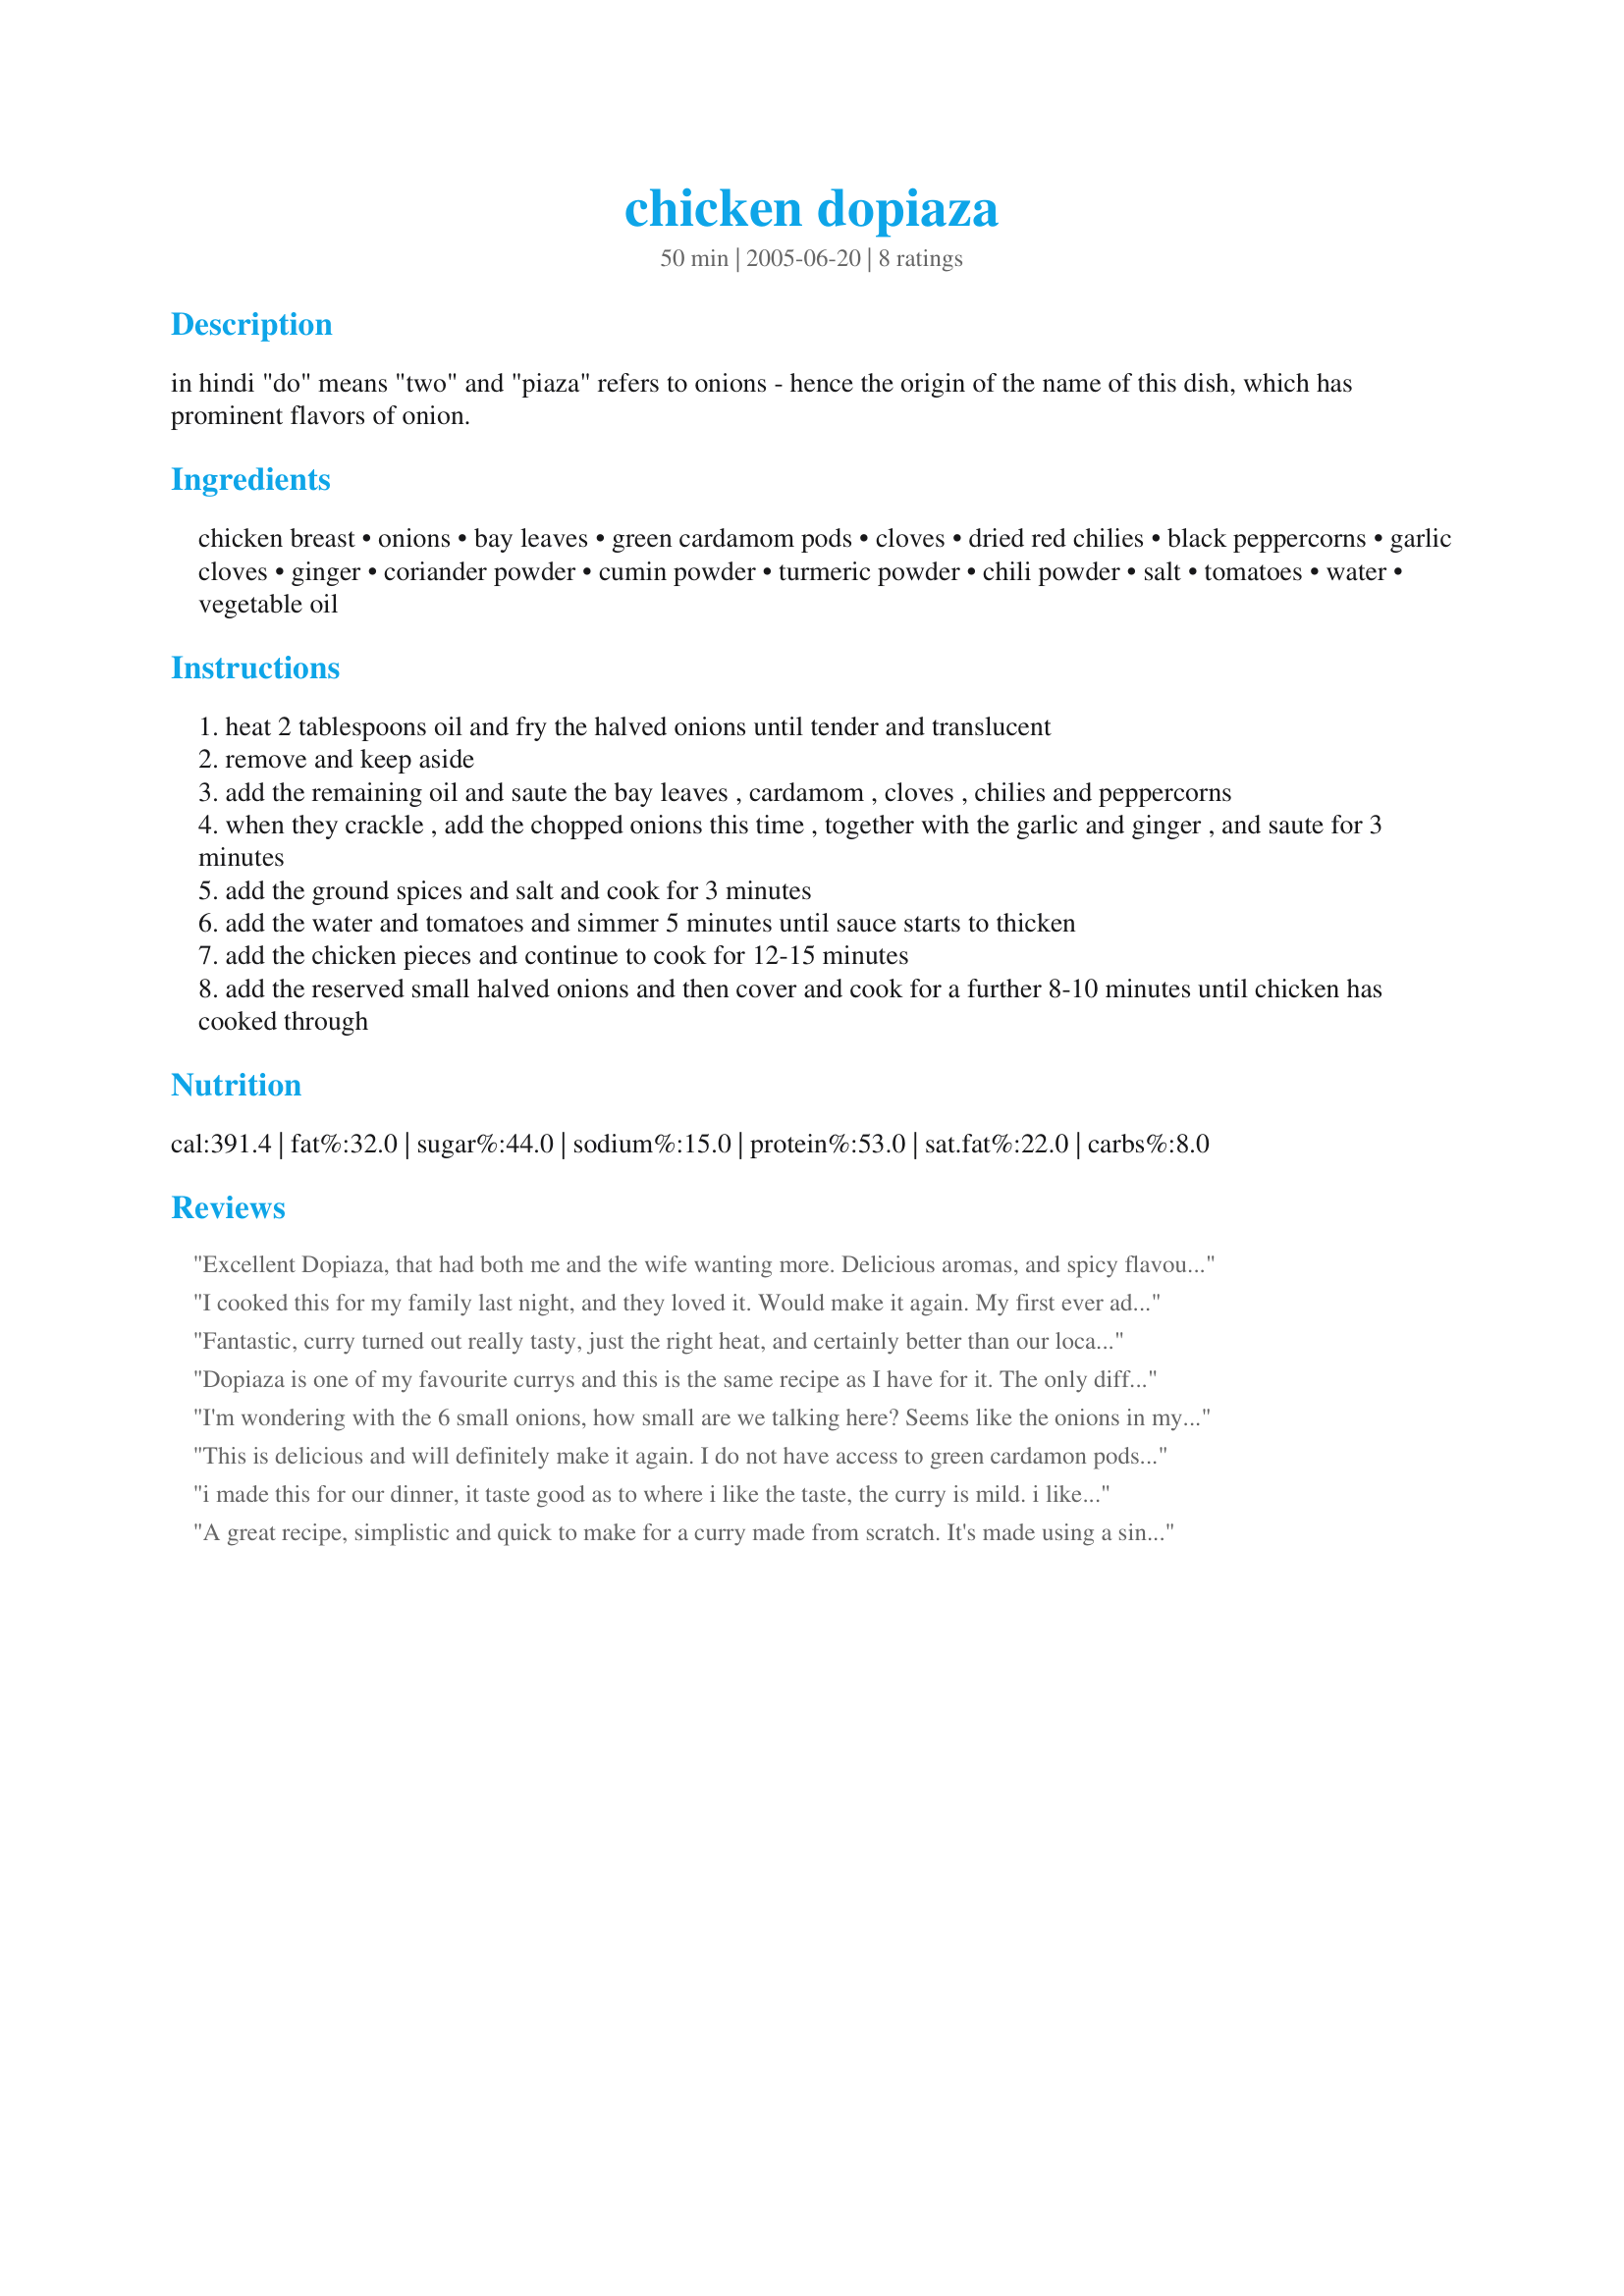
chicken dopiaza
Preparation time: 50 minutes

in hindi "do" means "two" and "piaza" refers to onions - hence the origin of the name of this dish, which has prominent flavors of onion.

Ingredients:
chicken breast, onions, bay leaves, green cardamom pods, cloves, dried red chilies, black peppercorns, garlic cloves, ginger, coriander powder, cumin powder, turmeric powder, chili powder, salt, tomatoes, water, vegetable oil

Steps:
heat 2 tablespoons oil and fry the halved onions until tender and translucent
remove and keep aside
add the remaining oil and saute the bay leaves , cardamom , cloves , chilies and peppercorns
when they crackle , add the chopped onions this time , together with the garlic and ginger , and saute for 3 minutes
add the ground spices and salt and cook for 3 minutes
add the water and tomatoes and simmer 5 minutes until sauce starts to thicken
add the chicken pieces and continue to cook for 12-15 minutes
add the reserved small halved onions and then cover and cook for a further 8-10 minutes until chicken has cooked through

Reviews:
Excellent Dopiaza, that had both me and the wife wanting more.
Delicious aromas, and spicy flavours, make this a winner. Quite a dry curry but great with basmati rice. I added some tomato puree and a little youghurt, which worked just great too.
Good recipe, thanks and we're having another this weekend.
I cooked this for my family last night, and they loved it. Would make it again. My first ever adventure with so many spices. Good fun.
Fantastic, curry turned out really tasty, just the right heat, and certainly better than our local takeaway. 


Dopiaza is one of my favourite currys and this is the same recipe as I have for it. The only difference is that mine calls for 4 tomatoes, rather than two. I only had two small onions, so I used them as well as a large one which I quartered. It's simple to make and lovely served with rice or roti. I use a non stick wok to make this so I can reduce the amount of oil further.
I'm wondering with the 6 small onions, how small are we talking here? Seems like the onions in my grocery, if halved would be around 1/4 pound or so. If only cooked to translucency, aren't you biting into an onion chunk that is mostly raw on the interior? Rx looks straightforward otherwise.
This is delicious and will definitely make it again. I do not have access to green cardamon pods so used some ground cardamon.
i made this for our dinner, it taste good as to where i like the taste, the curry is mild. i like it.
A great recipe, simplistic and quick to make for a curry made from scratch. It's made using a single pan too so minimal washing up! The resulting flavours are vibrant, especially when you bite into a cardamom or peppercorn. Heat is easily tailored to suit by adding more chilli powder at start of stage 7. Will definitely be making this one again.
